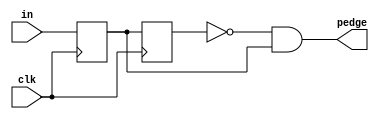
module top_module (
    input clk,
    input [7:0] in,
    output [7:0] pedge
);
    wire [7:0]d1_in;
    wire [7:0]d2_in;
    always@(posedge clk)begin
		d1_in <= in;
    end
    always@(posedge clk)begin
		d2_in <= d1_in;
    end
	assign pedge = ~d2_in & d1_in;

endmodule